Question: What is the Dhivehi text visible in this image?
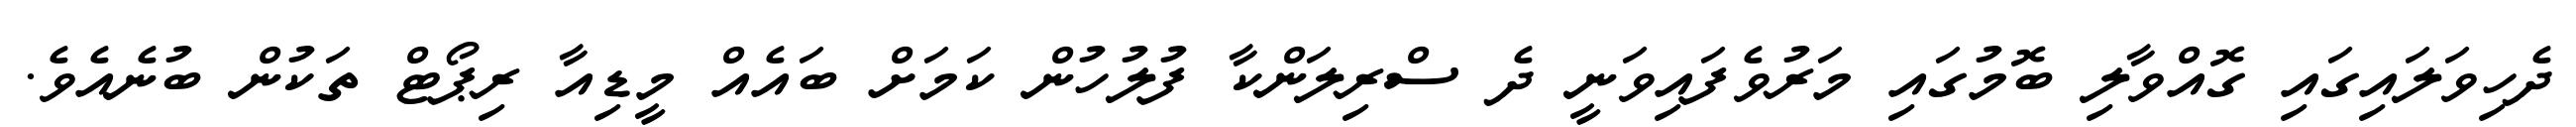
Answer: ދެހިވަލައިގައި ގޮއްވާލި ބޮމުގައި މަރުވެފައިވަނީ ދެ ސްރިލަންކާ ފުލުހުން ކަމަށް ބައެއް މީޑިއާ ރިޕޯޓް ތަކުން ބުނެއެވެ.